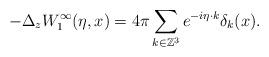
LaTeX: \begin{align*}-\Delta_z W_1^\infty(\eta,x)=4\pi\sum_{k\in\mathbb{Z}^3}e^{-i\eta\cdot k}\delta_{k}(x).\end{align*}